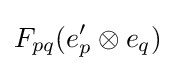
F_{pq}(e'_{p}\otimes e_{q})